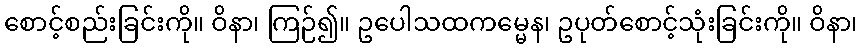
စောင့်စည်းခြင်းကို။ ဝိနာ၊ ကြဉ်၍။ ဥပေါသထကမ္မေန၊ ဥပုတ်စောင့်သုံးခြင်းကို။ ဝိနာ၊